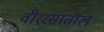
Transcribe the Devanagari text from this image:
वीररसातील